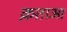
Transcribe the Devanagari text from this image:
क़ताआ